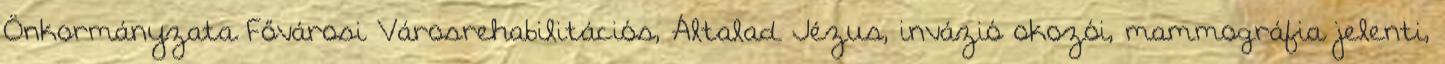
Önkormányzata Fővárosi Városrehabilitációs, Általad Jézus, invázió okozói, mammográfia jelenti,